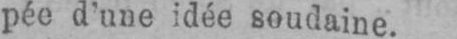
pée d’une idée soudaine.